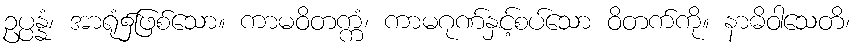
ဥပ္ပန္နံ၊ အာရုံ၌ဖြစ်သော။ ကာမဝိတက္ကံ၊ ကာမဂုဏ်နှင့်စပ်သော ဝိတက်ကို။ နာဓိဝါသေတိ၊